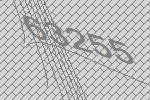
63255